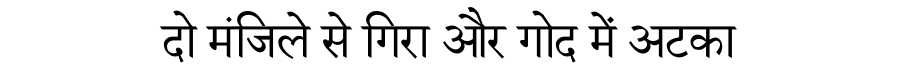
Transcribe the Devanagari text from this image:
दो मंजिले से गिरा और गोद में अटका